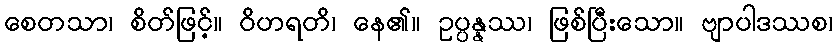
စေတသာ၊ စိတ်ဖြင့်။ ဝိဟရတိ၊ နေ၏။ ဥပ္ပန္နဿ၊ ဖြစ်ပြီးသော။ ဗျာပါဒဿစ၊